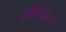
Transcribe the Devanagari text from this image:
फ़ेशियल।